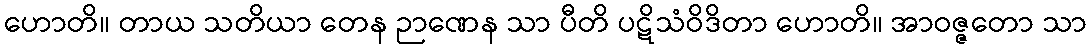
ဟောတိ။ တာယ သတိယာ တေန ဉာဏေန သာ ပီတိ ပဋိသံဝိဒိတာ ဟောတိ။ အာဝဇ္ဇတော သာ